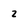
Character: 2